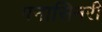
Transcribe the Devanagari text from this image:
पनासिनरी